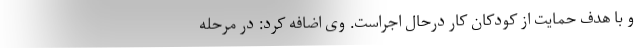
و با هدف حمایت از کودکان کار درحال اجراست. وی اضافه کرد: در مرحله